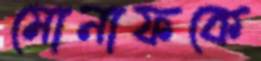
মোনাফকে